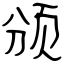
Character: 颁